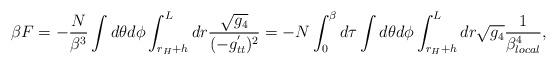
LaTeX: \begin{align*}\beta F = - \frac{N}{\beta^3 } \int d \theta d \phi \int_{r_H + h}^L dr \frac{\sqrt{g_4}}{ ( - g^{'}_{tt } )^2 } = - N \int_0^\beta d \tau \int d \theta d \phi \int_{r_H + h}^L dr \sqrt{g_4} \frac{1}{ \beta_{local}^4}, \end{align*}